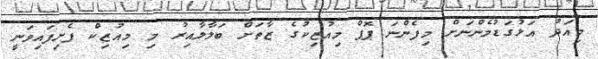
މިއަދު އަޅުގަޑުމެންނަށް މިފެންނަ ޕޮޕް މިއުޒިކުގެ ޒާތަށް ބަލާލާއިރު މި މިއުޒިކް ފެށިފައިވަނީ